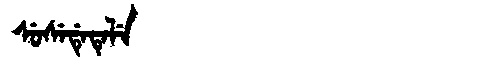
Manchu: ᠰᡠᠰᡝᡩᡝᡨᡝᠯᡝ
Romanization: SUSEDETELE